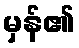
မှန်၏